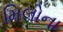
મિલોના